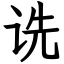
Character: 诜